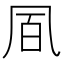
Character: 凮